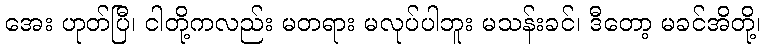
အေး ဟုတ်ပြီ၊ ငါတို့ကလည်း မတရား မလုပ်ပါဘူး မသန်းခင်၊ ဒီတော့ မခင်အိတို့၊